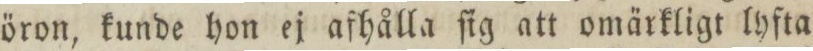
öron, kunde hon ej afhålla ſig att omärkligt lyfta